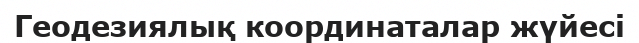
Геодезиялық координаталар жүйесі